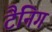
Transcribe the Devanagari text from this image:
टैनिग